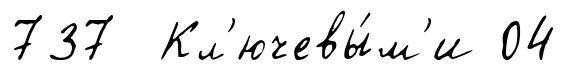
737 Кл'ючевы́м'и 04